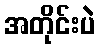
အတိုင်းပဲ